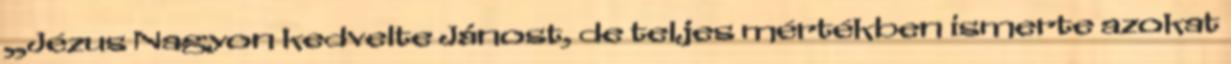
„Jézus Nagyon kedvelte Jánost, de teljes mértékben ismerte azokat